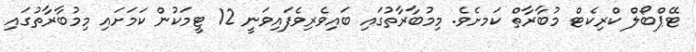
ޓޭޕްބޯލް ކްރިކެޓް މުބާރާތް ކަަމށެވެ. މިމުބާރާތުގައި ބައިވެރިވެފައިވަނީ 12 ޓީމަކުން ކަމަށައި މިމުބާރާތުގައި